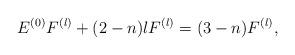
\begin{align*}E^{(0)}F^{(l)}+(2-n)lF^{(l)}=(3-n)F^{(l)},\end{align*}